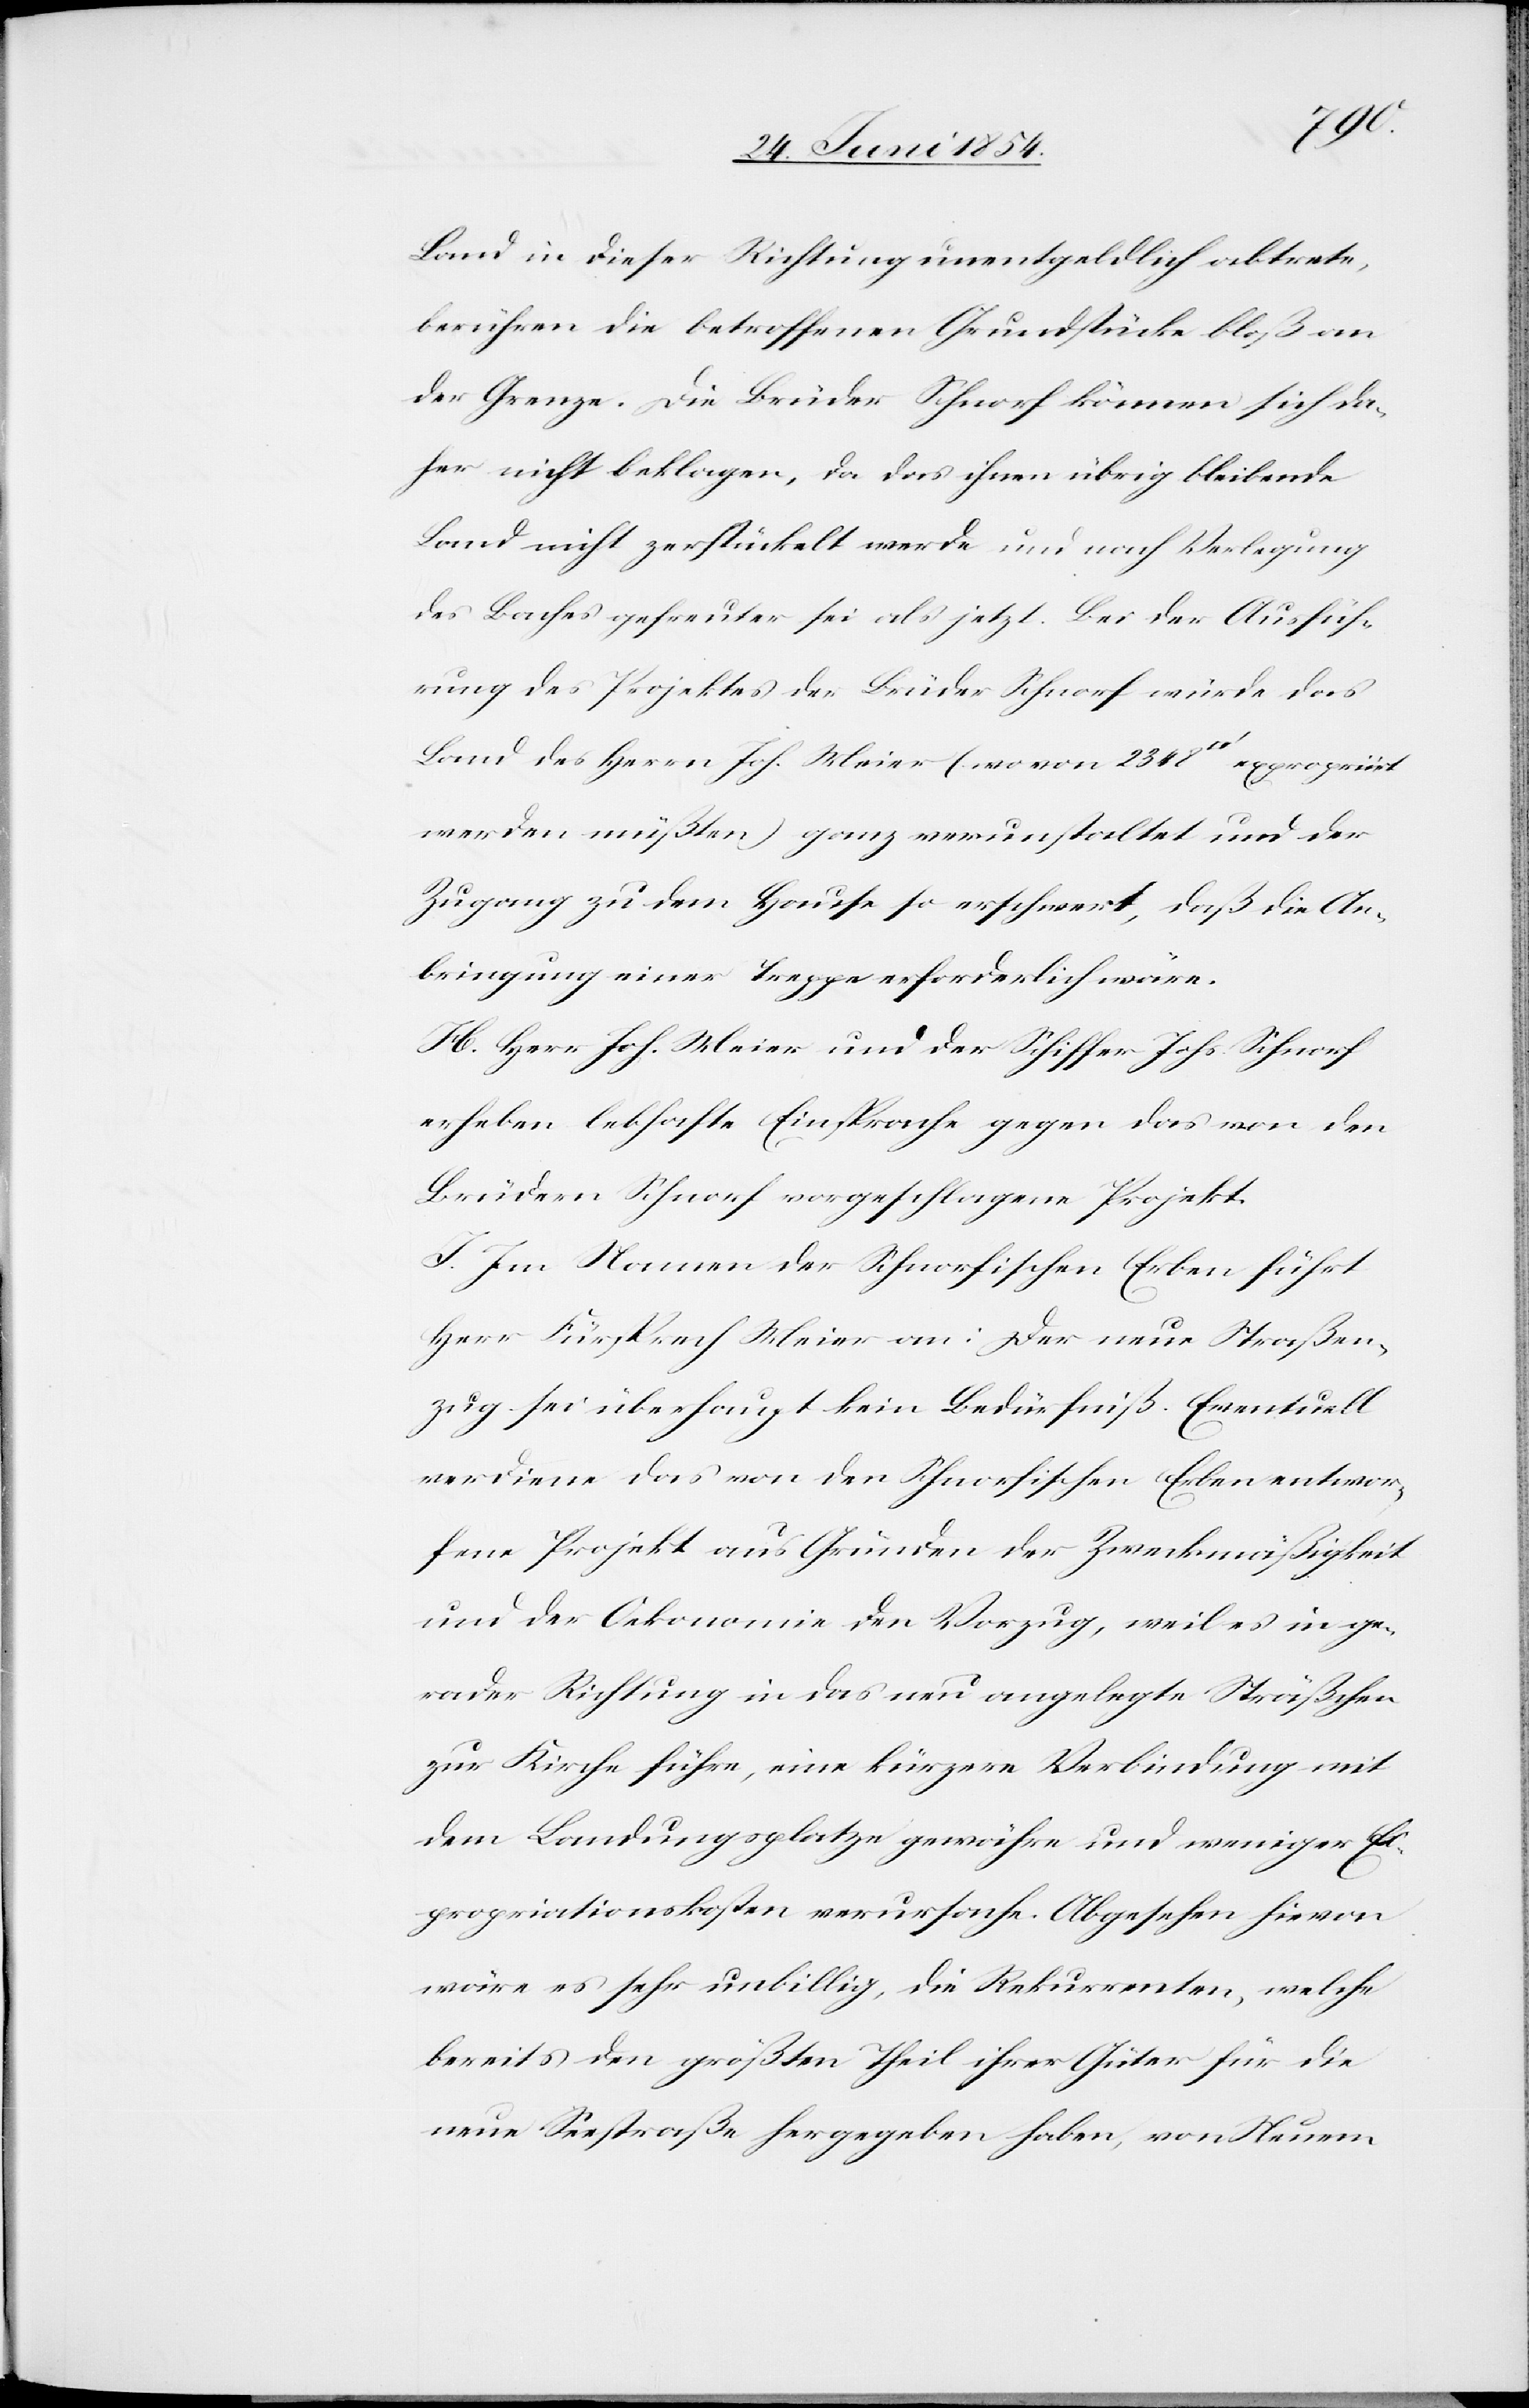
Land in dieser Richtung unentgeldlich abtrete,
berühren die betroffenen Grundstücke bloß an
der Grenze. Die Brüder Schnorf können sich da¬
her nicht beklagen, da das ihnen übrig bleibende
Land nicht zerstückelt werde und nach Verlegung
des Baches gefreuter sei als jetzt. Bei der Ausfüh¬
rung des Projektes der Brüder Schnorf würde das
Land des Herrn Joh. Meier (wovon 2348 [Quadratfuß]
werden müßten) ganz verunstaltet und der
Zugang zu dem Hause so erschwert, daß die An¬
bringung einer Treppe erforderlich wäre.
H. Herr Joh. Meier und der Schiffer Johs. Schnorf
erheben lebhafte Einsprache gegen das von den
Brüdern Schnorf vorgeschlagene Projekt.
I. Im Namen der Schnorfischen Erben führt
Herr Fürsprech Meier an: Der neue Straßen¬
zug sei überhaupt kein Bedürfniß. Eventuell
verdiene das von den Schnorfischen Erben entwor¬
fene Projekt aus Gründen der Zweckmäßigkeit
und der Oekonomie den Vorzug, weil es in ge¬
rader Richtung in das neu angelegte Sträßchen
zur Kirche führe, eine kürzere Verbindung mit
dem Landungsplatze gewähre und weniger Ex¬
propriationskosten verursache. Abgesehen hievon
wäre es sehr unbillig, die Rekurrenten, welche
bereits den größten Theil ihrer Güter für die
neue Seestraße hergegeben haben, von Neuem